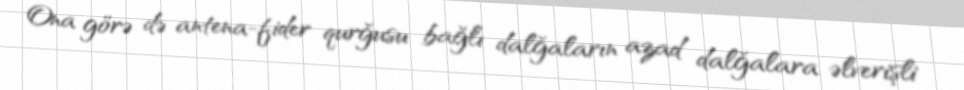
Ona görə də antena-fider qurğusu bağlı dalğaların azad dalğalara əlverişli